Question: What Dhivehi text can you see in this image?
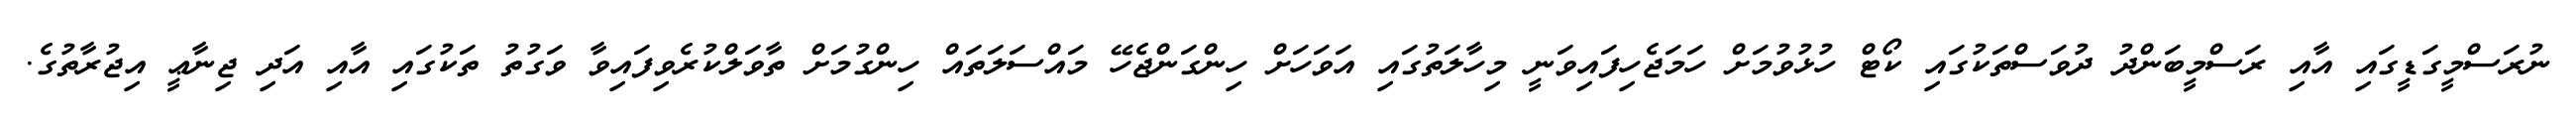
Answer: ނުރަސްމީގަޑީގައި އާއި ރަސްމީބަންދު ދުވަސްތަކުގައި ކޯޓް ހުޅުވުމަށް ހަމަޖެހިފައިވަނީ މިހާލަތުގައި އަވަހަށް ހިންގަންޖެހޭ މައްސަލަތައް ހިންގުމަށް ތާވަލްކުރެވިފައިވާ ވަގުތު ތަކުގައި އާއި އަދި ޖިނާޢީ އިޖުރާތުގެ.